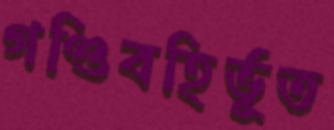
গণ্ডিবহির্ভূত